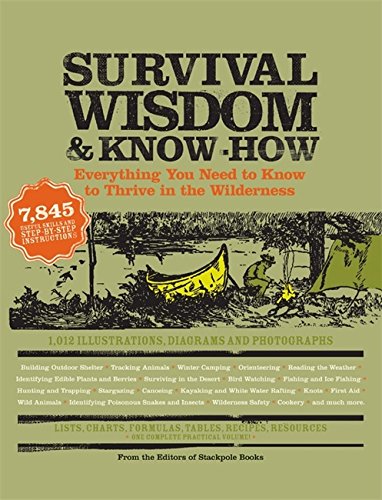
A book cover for Survival Wisdom & Know How: Everything You Need to Know to Subsist in the Wilderness; The Editors of Stackpole Books; Reference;